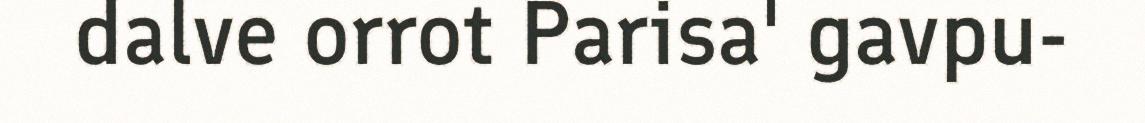
dalve orrot Parisa' gavpu-